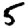
Digit: 5